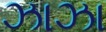
ઝાઝા